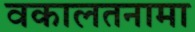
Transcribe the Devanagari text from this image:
वकालतनामा